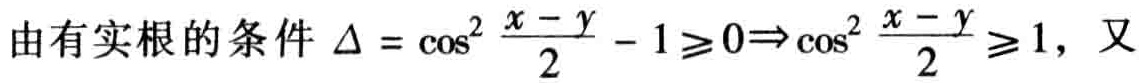
由有实根的条件 $\Delta = \cos^{2} \frac{x - y}{2} - 1 \geqslant 0\Rightarrow \cos^{2} \frac{x - y}{2} \geqslant 1$，又